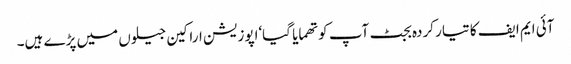
آئی ایم ایف کا تیار کردہ بجٹ آپ کو تھمایا گیا‘اپوزیشن اراکین جیلوں میں پڑے ہیں۔